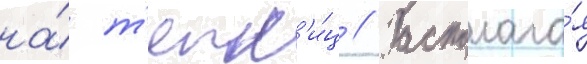
на́ т'епл'и́ц // Располага́я